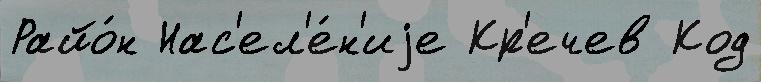
Райо́н Нас'ел'е́н'иjе Кр'ечев Код